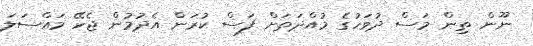
ނޫން ތިން މަސް ދުވަހުގެ މުއްދަތަށް ފަސް ކުރަން އެދުމުން ޖެހޭ މައްސަލަ